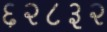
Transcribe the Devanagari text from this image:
६२८३२